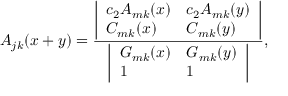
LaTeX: A _ { j k } ( x + y ) = { \frac { \biggl | \begin{array} { l l } { { c _ { 2 } A _ { m k } ( x ) } } & { { c _ { 2 } A _ { m k } ( y ) } } \\ { { C _ { m k } ( x ) } } & { { C _ { m k } ( y ) } } \end{array} \biggr | } { \biggl | \begin{array} { l l } { { G _ { m k } ( x ) } } & { { G _ { m k } ( y ) } } \\ { { 1 } } & { { 1 } } \end{array} \biggr | } } ,